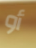
أو